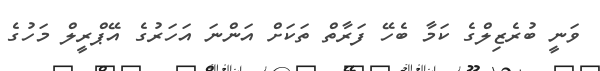
ވަނީ ބުރެޒިލްގެ ކަމާ ބެހޭ ފަރާތް ތަކަށް އަންނަ އަހަރުގެ އޭޕްރީލް މަހުގެ